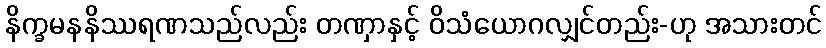
နိက္ခမနနိဿရဏသည်လည်း တဏှာနှင့် ဝိသံယောဂလျှင်တည်း-ဟု အသားတင်